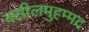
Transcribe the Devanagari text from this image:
वसीलमुहम्मद